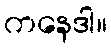
ကနေဒါ။